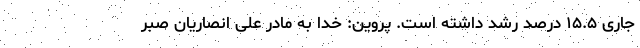
جاری ۱۵.۵ درصد رشد داشته است. پروین: خدا به مادر علی انصاریان صبر